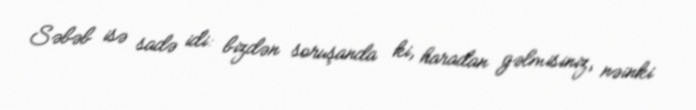
Səbəb isə sadə idi: bizdən soruşanda ki, haradan gəlmisiniz, nəinki